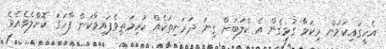
އެހީގައިކަމުން މިކަމާ ގުޅިގެން އެ ކްލަބަށް ގިނަ ދަރަނިތަކެއް ކުރިމަތިވެފައިވާކަން ފާހަގަ ކޮށްލެވެއެވެ.